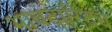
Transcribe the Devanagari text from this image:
भावदारिद्र्य